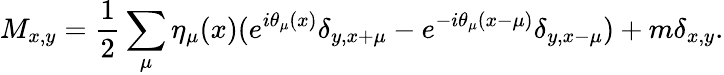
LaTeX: M_{x,y}=\frac{1}{2}\sum_{\mu}\eta_{\mu}(x)(e^{i\theta_{\mu}(x)}\delta_{y,x+\mu}-e^{-i\theta_{\mu}(x-\mu)}\delta_{y,x-\mu})+m\delta_{x,y}.